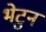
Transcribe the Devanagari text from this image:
भेटुन